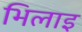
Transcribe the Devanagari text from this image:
भिलाइ